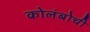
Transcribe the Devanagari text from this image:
कोलंबोची